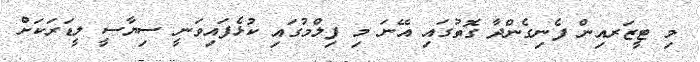
މި ޓީޒަރއިން ފެނިގެންދާ ގޮތުގައި އޭނަ މި ފިލްމުގައި ކުޅެފައިވަނީ ސިޔާސީ ލީޑަރަކަށް